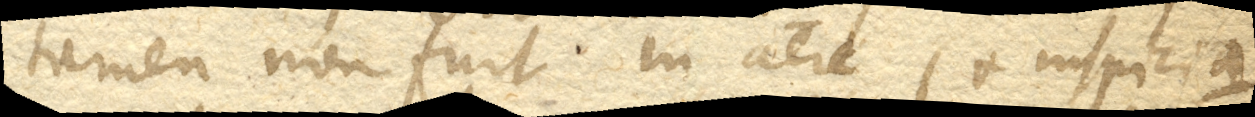
tamen non fuit in aere (+ inspicia-